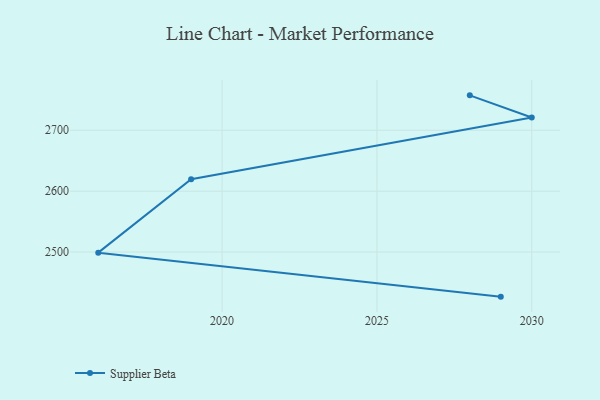
{"axis": {"x": "Year", "y": "Operating Costs (USD K)"}, "legend": ["Supplier Beta"], "data": [{"x": "2028", "y": 2757.4, "type": "Supplier Beta"}, {"x": "2030", "y": 2721.0, "type": "Supplier Beta"}, {"x": "2019", "y": 2619.5, "type": "Supplier Beta"}, {"x": "2016", "y": 2499.0, "type": "Supplier Beta"}, {"x": "2029", "y": 2426.7, "type": "Supplier Beta"}]}